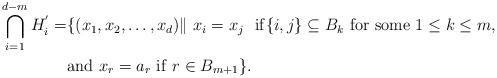
LaTeX: \begin{align*}\bigcap_{i=1}^{d-m}H_i^{'}=&\{(x_1,x_2,\ldots,x_d)\|\ x_i=x_j\ {\rm\ if} \{i,j\}\subseteq B_k\ {\rm for\ some\ } 1\leq k\leq m,\\&{\rm and}\ x_r=a_{r}\ {\rm if}\ r\in B_{m+1}\}.\end{align*}